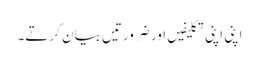
اپنی اپنی تکلیفیں اور ضرورتیں بیان کرتے۔